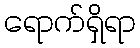
ရောက်ရှိရာ